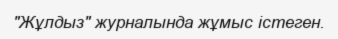
"Жұлдыз" журналында жұмыс істеген.